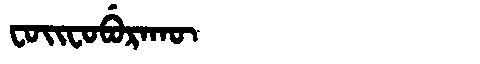
Manchu: ᠸᠣᡳᠸᠣᠪᡠᡵᠠᡴᡡ
Romanization: FOIFOBURAKŪ